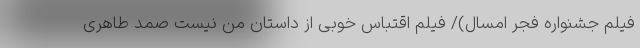
فیلم جشنواره فجر امسال)/ فیلم اقتباس خوبی از داستان من نیست صمد طاهری